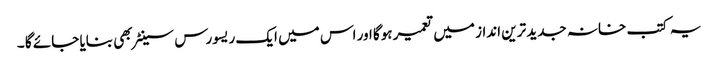
یہ کتب خانہ جدید ترین انداز میں تعمیر ہوگا اور اس میں ایک ریسورس سینٹر بھی بنایا جائے گا ۔